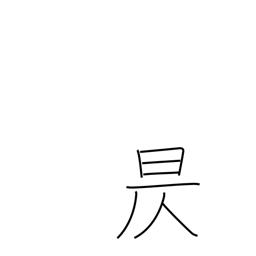
Meaning: go down